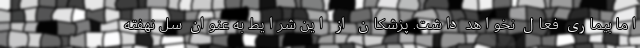
اما بیماری فعال نخواهد داشت. پزشکان از این شرایط به عنوان سل نهفته